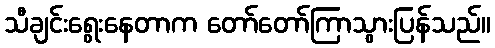
သီချင်းရွေးနေတာက တော်တော်ကြာသွားပြန်သည်။